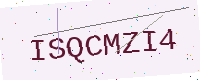
Text: ISQCMZI4